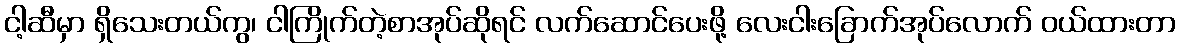
ငါ့ဆီမှာ ရှိသေးတယ်ကွ၊ ငါကြိုက်တဲ့စာအုပ်ဆိုရင် လက်ဆောင်ပေးဖို့ လေးငါးခြောက်အုပ်လောက် ဝယ်ထားတာ